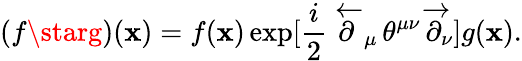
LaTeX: (f\starg)(\mathbf{x})=f(\mathbf{x})\exp[\frac{{i}}{{2}}\, \overleftarrow{{\partial}}_{\mu}\, \theta^{\mu\nu}\, \overrightarrow{{\partial}}_{\nu}]g(\mathbf{x}).